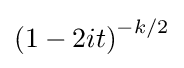
{\left(1-2it\right)}^{-{k}/{2}}